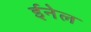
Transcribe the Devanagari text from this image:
ईनेल